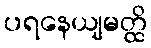
ပရနေယျမတ္ထိ